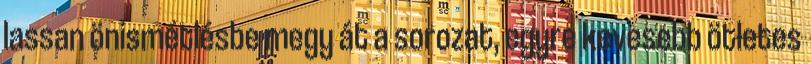
lassan önismétlésbe megy át a sorozat, egyre kevesebb ötletes